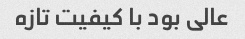
عالی بود با کیفیت تازه